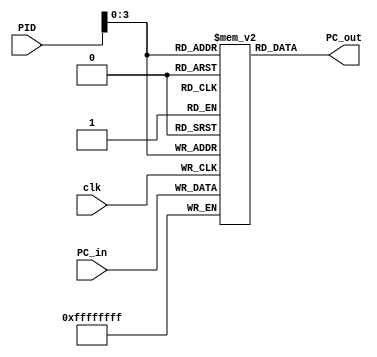
module ProccessControlBlock(
		input clk,
		input [4:0] PID,
		input [31:0] PC_in,
		output wire [31:0] PC_out
);
	
	reg [31:0] Contexto_PC [10:0];
	
	always@(posedge clk)
	begin
		Contexto_PC[PID] = PC_in;
		//PC_out = Contexto_PC[PID];
	end
	
	assign PC_out = Contexto_PC[PID];
	
endmodule